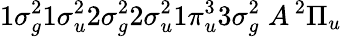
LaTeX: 1\sigma_{g}^{2}1\sigma_{u}^{2}2\sigma_{g}^{2}2\sigma_{u}^{2}1\pi_{u}^{3}3\sigma_{g}^{2}\; A\, ^{2}\Pi_{u}